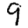
Digit: 9